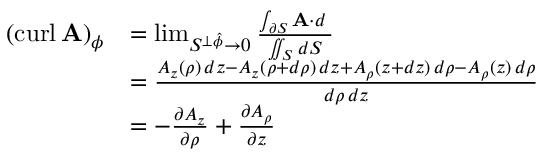
{ \begin{array} { r l } { ( \operatorname { c u r l } \mathbf { A } ) _ { \phi } } & { = \operatorname* { l i m } _ { S ^ { \perp { \boldsymbol { \hat { \phi } } } } \to 0 } { \frac { \int _ { \partial S } \mathbf { A } \cdot d \mathbf { \ell } } { \iint _ { S } d S } } } \\ & { = { \frac { A _ { z } ( \rho ) \, d z - A _ { z } ( \rho + d \rho ) \, d z + A _ { \rho } ( z + d z ) \, d \rho - A _ { \rho } ( z ) \, d \rho } { d \rho \, d z } } } \\ & { = - { \frac { \partial A _ { z } } { \partial \rho } } + { \frac { \partial A _ { \rho } } { \partial z } } } \end{array} }